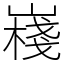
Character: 嶘